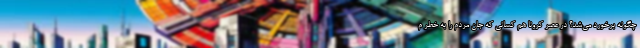
چگونه برخورد می‌شد؟ در عصر کرونا هم کسانی که جان مردم را به خطر م